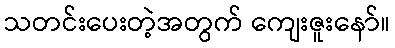
သတင်းပေးတဲ့အတွက် ကျေးဇူးနော်။